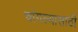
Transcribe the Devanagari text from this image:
चांगल्यासाठी